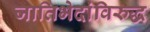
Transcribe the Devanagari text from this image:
जातिभेदांविरुद्ध